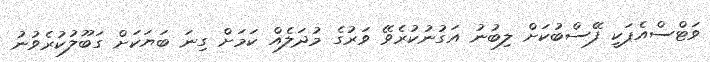
ވަޓްސްއެޕަކީ ފޭސްބުކަށް ލިބުނު އަގުނުކުރެވޭ ވަރުގެ މުދަލެއް ކަމަށް ގިނަ ބަޔަކަށް ގަބޫލުކުރެވުނު